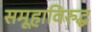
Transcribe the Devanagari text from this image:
समूहाविरुद्ध